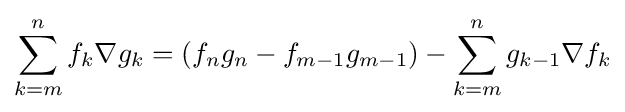
\sum _{k=m}^{n}f_{k}\nabla g_{k}=\left(f_{n}g_{n}-f_{m-1}g_{m-1}\right)-\sum _{k=m}^{n}g_{k-1}\nabla f_{k}